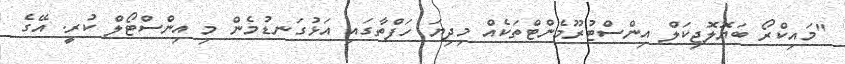
"މައިކްރޯ ބަޔޮލޮޖިކަލް އިންސްޓުރޫމެންޓްތަކެއް މިދިޔަ ހަފްތާގައި އަޅުގަނޑުމެން މި އިންސްޓޯލް ކުރީ. އޭގެ